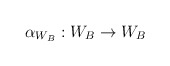
\begin{align*}\alpha_{W_{B}} : W_{B} \to W_{B}\end{align*}